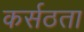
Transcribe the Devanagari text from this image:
कर्सठता